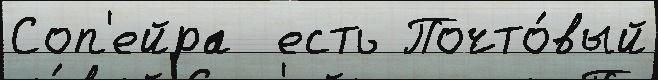
Соп'ейра  есть Почто́вый